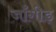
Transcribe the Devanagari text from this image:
जाँगीड़